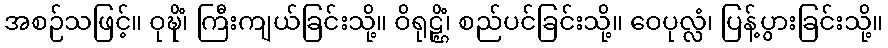
အစဉ်သဖြင့်။ ဝုဍ္ဎိံ၊ ကြီးကျယ်ခြင်းသို့။ ဝိရုဠ္ဌိံ၊ စည်ပင်ခြင်းသို့။ ဝေပုလ္လံ၊ ပြန့်ပွားခြင်းသို့။